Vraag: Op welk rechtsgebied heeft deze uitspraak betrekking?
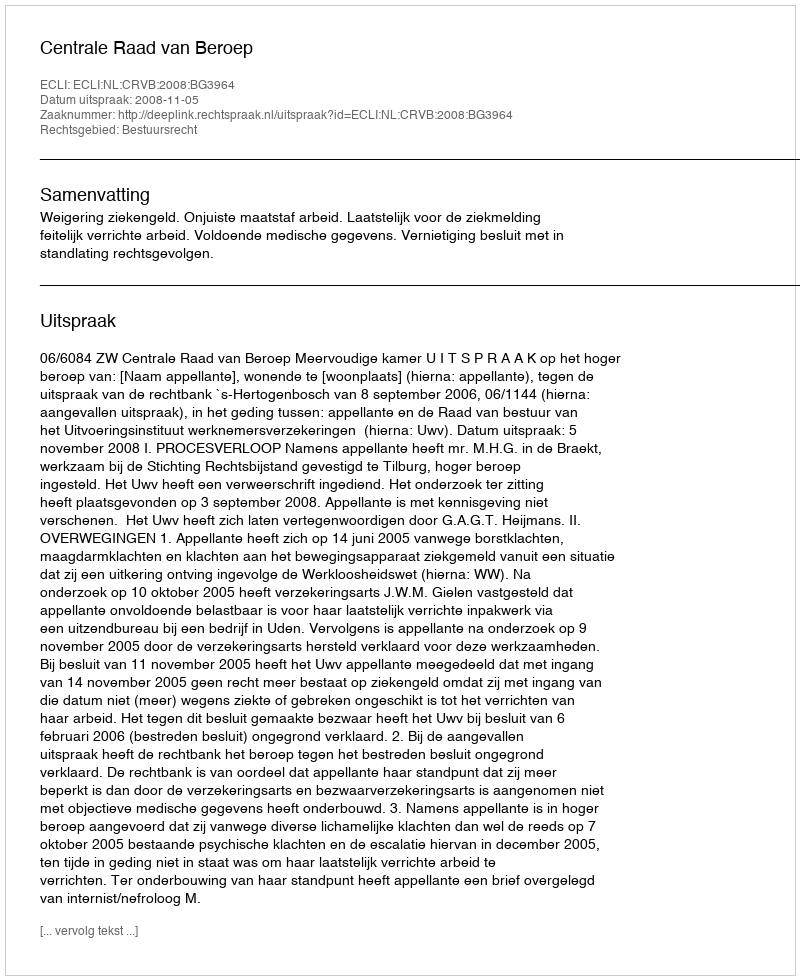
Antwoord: Bestuursrecht